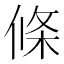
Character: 條